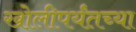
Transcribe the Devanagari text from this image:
खोलीपर्यंतच्या